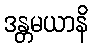
ဒန္တမယာနိ